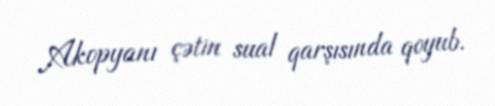
Akopyanı çətin sual qarşısında qoyub.